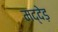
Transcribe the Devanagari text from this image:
मद्देड़